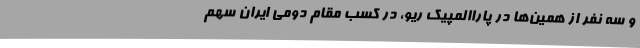
و سه نفر از همین‌ها در پاراالمپیک ریو، در کسب مقام دومی ایران سهم